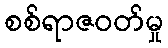
စစ်ရာဇဝတ်မှု